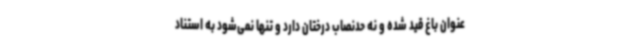
عنوان باغ قید شده و نه حدنصاب درختان دارد و تنها نمی‌شود به استناد